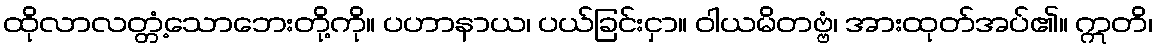
ထိုလာလတ္တံ့သောဘေးတို့ကို။ ပဟာနာယ၊ ပယ်ခြင်းငှာ။ ဝါယမိတဗ္ဗံ၊ အားထုတ်အပ်၏။ ဣတိ၊